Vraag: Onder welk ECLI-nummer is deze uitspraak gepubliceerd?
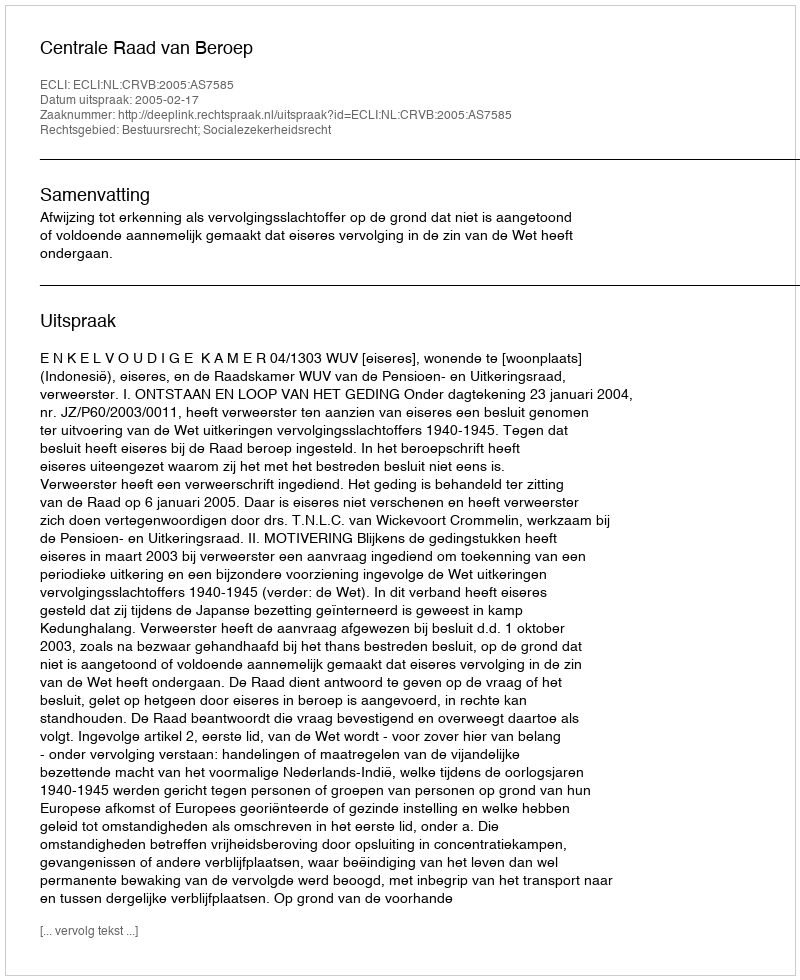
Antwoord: ECLI:NL:CRVB:2005:AS7585